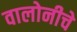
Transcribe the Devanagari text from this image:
वालोनीचे